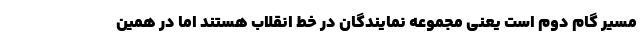
مسیر گام دوم است یعنی مجموعه نمایندگان در خط انقلاب هستند اما در همین